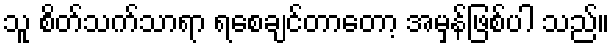
သူ စိတ်သက်သာရာ ရစေချင်တာတော့ အမှန်ဖြစ်ပါ သည်။